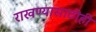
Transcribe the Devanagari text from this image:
राखण्यासाठीही